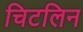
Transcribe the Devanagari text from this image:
चिटलिन